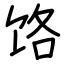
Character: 饹